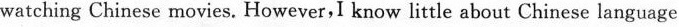
watching Chinese movies.However,I know little about Chinese language